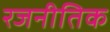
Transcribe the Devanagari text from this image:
रजनीतिक